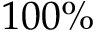
1 0 0 \%